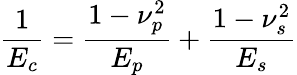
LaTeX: \frac{1}{E_{c}}=\frac{1-\nu_{p}^{2}}{E_{p}}+\frac{1-\nu_{s}^{2}}{E_{s}}